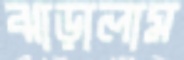
ঝাড়ালাম